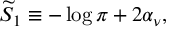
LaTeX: { \widetilde S } _ { 1 } \equiv - \log \pi + 2 \alpha _ { \nu } ,